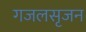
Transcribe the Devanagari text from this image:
गजलसृजन